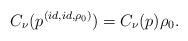
LaTeX: \begin{align*}C_{\nu}(p^{(id,id,\rho_0)})=C_{\nu}(p)\rho_0.\end{align*}